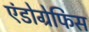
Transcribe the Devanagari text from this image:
एंडोग्रेफिस